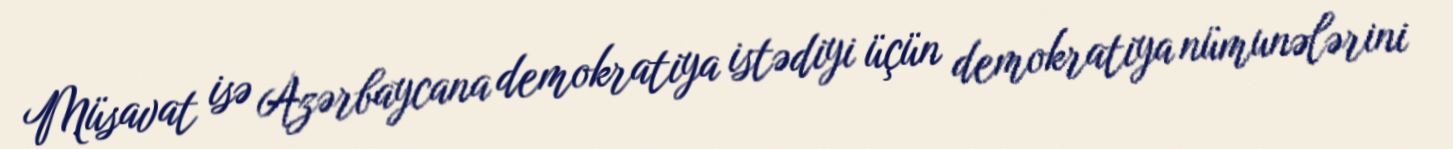
Müsavat isə Azərbaycana demokratiya istədiyi üçün demokratiya nümunələrini